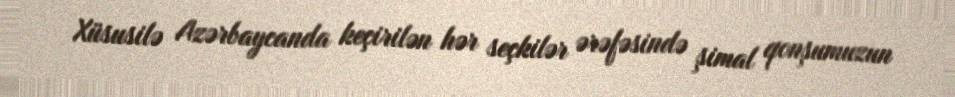
Xüsusilə Azərbaycanda keçirilən hər seçkilər ərəfəsində şimal qonşumuzun